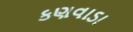
કણવાડા